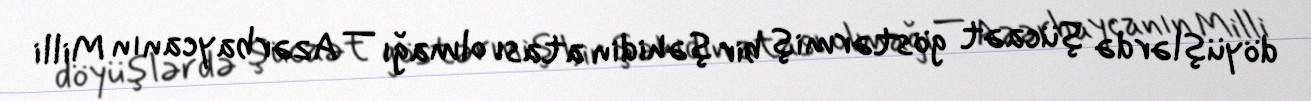
döyüşlərdə şücaət göstərmiş bir şəhidin atası olmağı — Azərbaycanın Milli